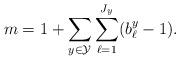
LaTeX: \begin{align*}m=1+\sum_{y\in\mathcal{Y}}\sum_{\ell=1}^{J_y}(b^y_{\ell}-1).\end{align*}